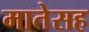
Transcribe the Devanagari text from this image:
मातेसह